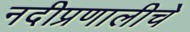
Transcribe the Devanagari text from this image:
नदीप्रणालीचे